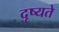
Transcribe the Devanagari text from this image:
दृष्यते